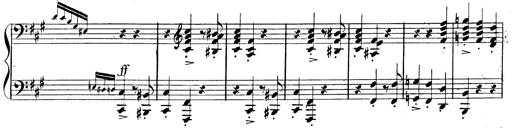
Title: 3 Caprices-Valses
Composer: Franz Liszt